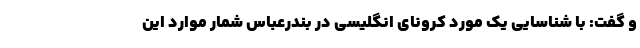
و گفت: با شناسایی یک مورد کرونای انگلیسی در بندرعباس شمار موارد این